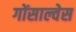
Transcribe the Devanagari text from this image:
गोंसाल्वेस